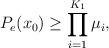
LaTeX: \begin{align*} P_e(x_0)\ge \prod_{i=1}^{K_1} \mu_i,\end{align*}